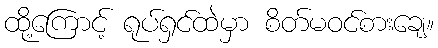
ထို့ကြောင့် ရုပ်ရှင်ထဲမှာ စိတ်မဝင်စားချေ။